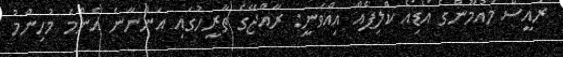
ރައީސް މައުމޫންގެ އޯޑިއޯ ކްލިޕެއް އިއްވަނީ: ރާއްޖޭގެ ތާރީހުގައި އަންނާނެ އެންމެ މުހިންމު